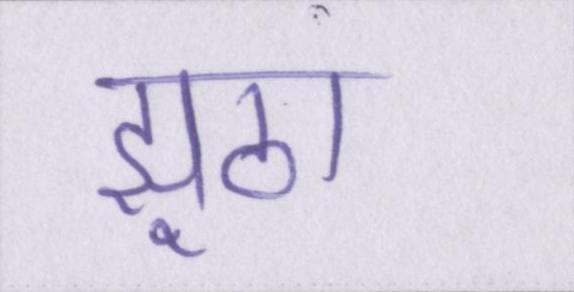
झूठा